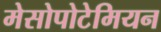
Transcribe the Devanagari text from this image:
मेसोपोटेमियन